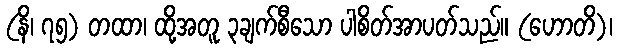
(နိ၊ ၇၅) တထာ၊ ထို့အတူ ၃ချက်စီသော ပါစိတ်အာပတ်သည်။ (ဟောတိ)၊